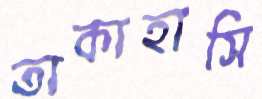
তাকাহাসি